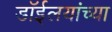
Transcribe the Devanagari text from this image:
डाॅईलयांच्या